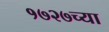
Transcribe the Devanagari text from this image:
१७२७च्या